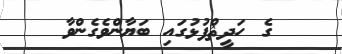
ގެ ހަދީޘްފުޅުގައި ބަޔާންވެގެންވާ